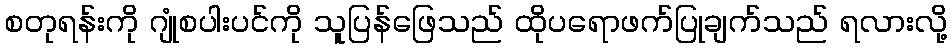
စတုရန်းကို ဂျုံစပါးပင်ကို သူပြန်ဖြေသည် ထိုပရောဖက်ပြုချက်သည် ရလားလို့